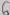
Text: 6